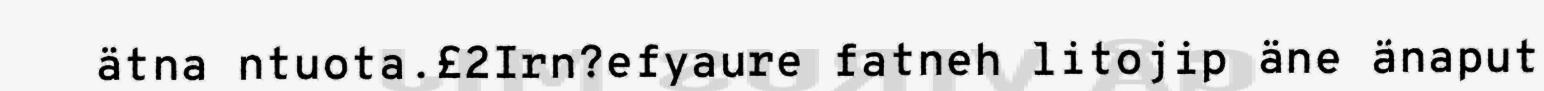
ätna ntuota.£2Irn?efyaure fatneh litojip äne änaput